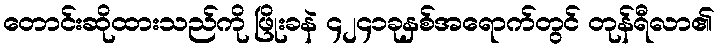
တောင်းဆိုထားသည်ကို ဖြိုးခနဲ ၄၂၄၁ခုနှစ်အရောက်တွင် တုန်ရီလာ၏